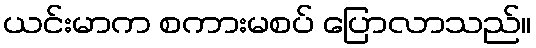
ယင်းမာက စကားမစပ် ပြောလာသည်။